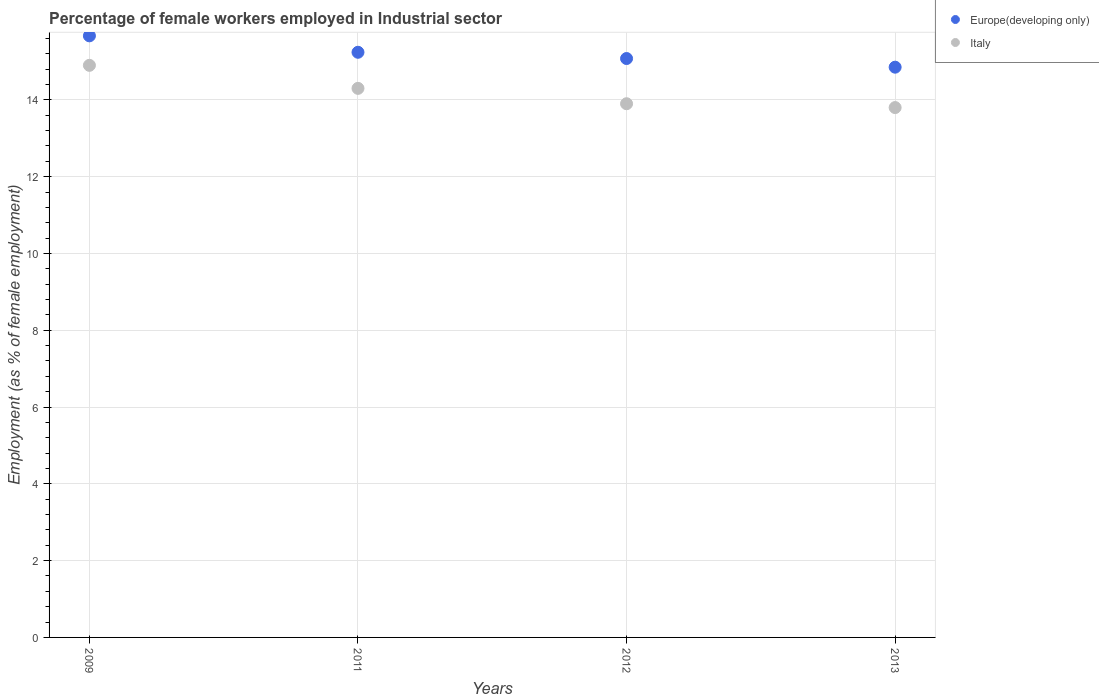
| Years | Europe(developing only) | Italy |
 | --- | --- | --- |
 | 2009 | 15.7 | 14.9 |
 | 2011 | 15.2 | 14.3 |
 | 2012 | 15.1 | 13.9 |
 | 2013 | 14.9 | 13.8 |